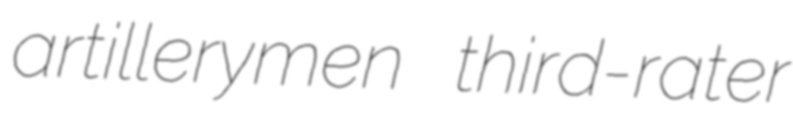
artillerymen third-rater